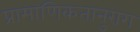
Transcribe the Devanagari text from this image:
प्रामाणिकतानुराग